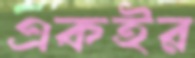
একইর